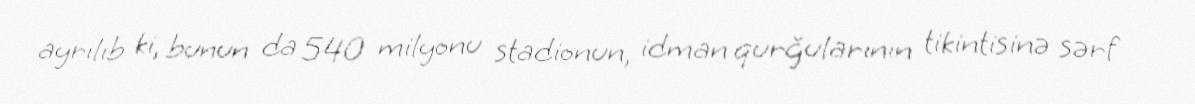
ayrılıb ki, bunun da 540 milyonu stadionun, idman qurğularının tikintisinə sərf